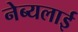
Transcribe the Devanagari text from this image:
नेब्यलाई